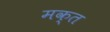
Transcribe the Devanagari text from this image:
मक्त